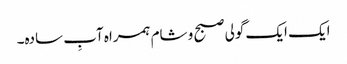
ایک ایک گولی صبح و شام ہمراہ آبِ سادہ۔